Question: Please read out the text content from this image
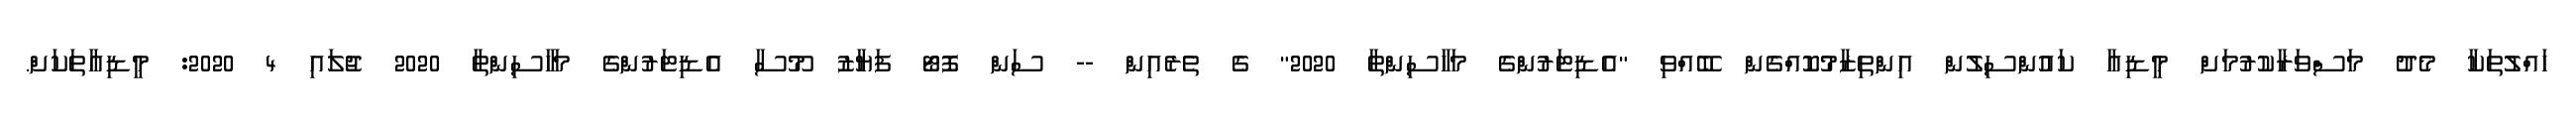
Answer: ހައްލުތަކާ މެދު މަސްވަރާކުރުމަށް މީޑިއާ ކައުންސިލުން އިންތިޒާމުކޮއްގެން ބޭއްވި "އެޑިޓަރުންގެ މަހާސިންތާ 2020" ގެ ތެރެއިން -- ސަން ފޮޓޯ ފަޔާޒު މޫސާ އެޑިޓަރުންގެ މަހާސިންތާ 2020 ޖުލައި 4 2020: މީޑިއާތަކަށް.